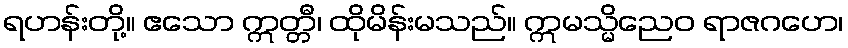
ရဟန်းတို့။ ဧသော ဣတ္တီ၊ ထိုမိန်းမသည်။ ဣမသ္မိညေဝ ရာဇဂဟေ၊